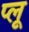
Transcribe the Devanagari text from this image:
प्लू